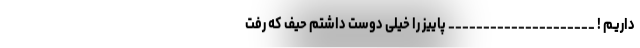
داریـم ! _____________________ پاییز را خیلی دوست داشتم حیف که رفت